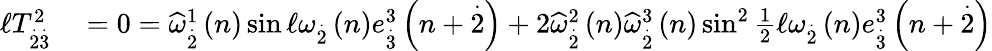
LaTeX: \begin{array}{rl}{\mathcal{\ell}T_{\overset{.}{2}\overset{.}{3}}^{2}}&{{}=0=\widehat{\omega}_{\overset{.}{2}}^{1}\left(n\right)\sin\mathcal{\ell}\omega_{\overset{.}{2}}\left(n\right)e_{\overset{.}{3}}^{3}\left(n+\overset{.}{2}\right)+2\widehat{\omega}_{\overset{.}{2}}^{2}\left(n\right)\widehat{\omega}_{\overset{.}{2}}^{3}\left(n\right)\sin^{2}\frac{1}{2}\mathcal{\ell}\omega_{\overset{.}{2}}\left(n\right)e_{\overset{.}{3}}^{3}\left(n+\overset{.}{2}\right)}\end{array}